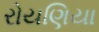
રોયણિયા